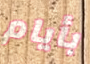
بأيام